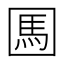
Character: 𡈊